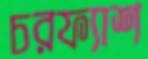
চরফ্যাশ